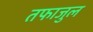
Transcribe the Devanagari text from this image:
तफाजुल